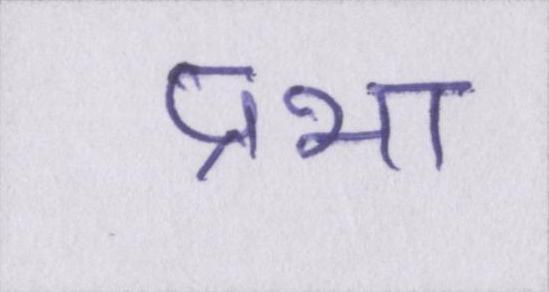
प्रभा